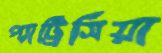
প্যাট্রিসিয়া